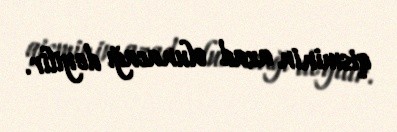
qisminin azad olunacağı deyilir.